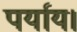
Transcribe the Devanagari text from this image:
पर्याय।